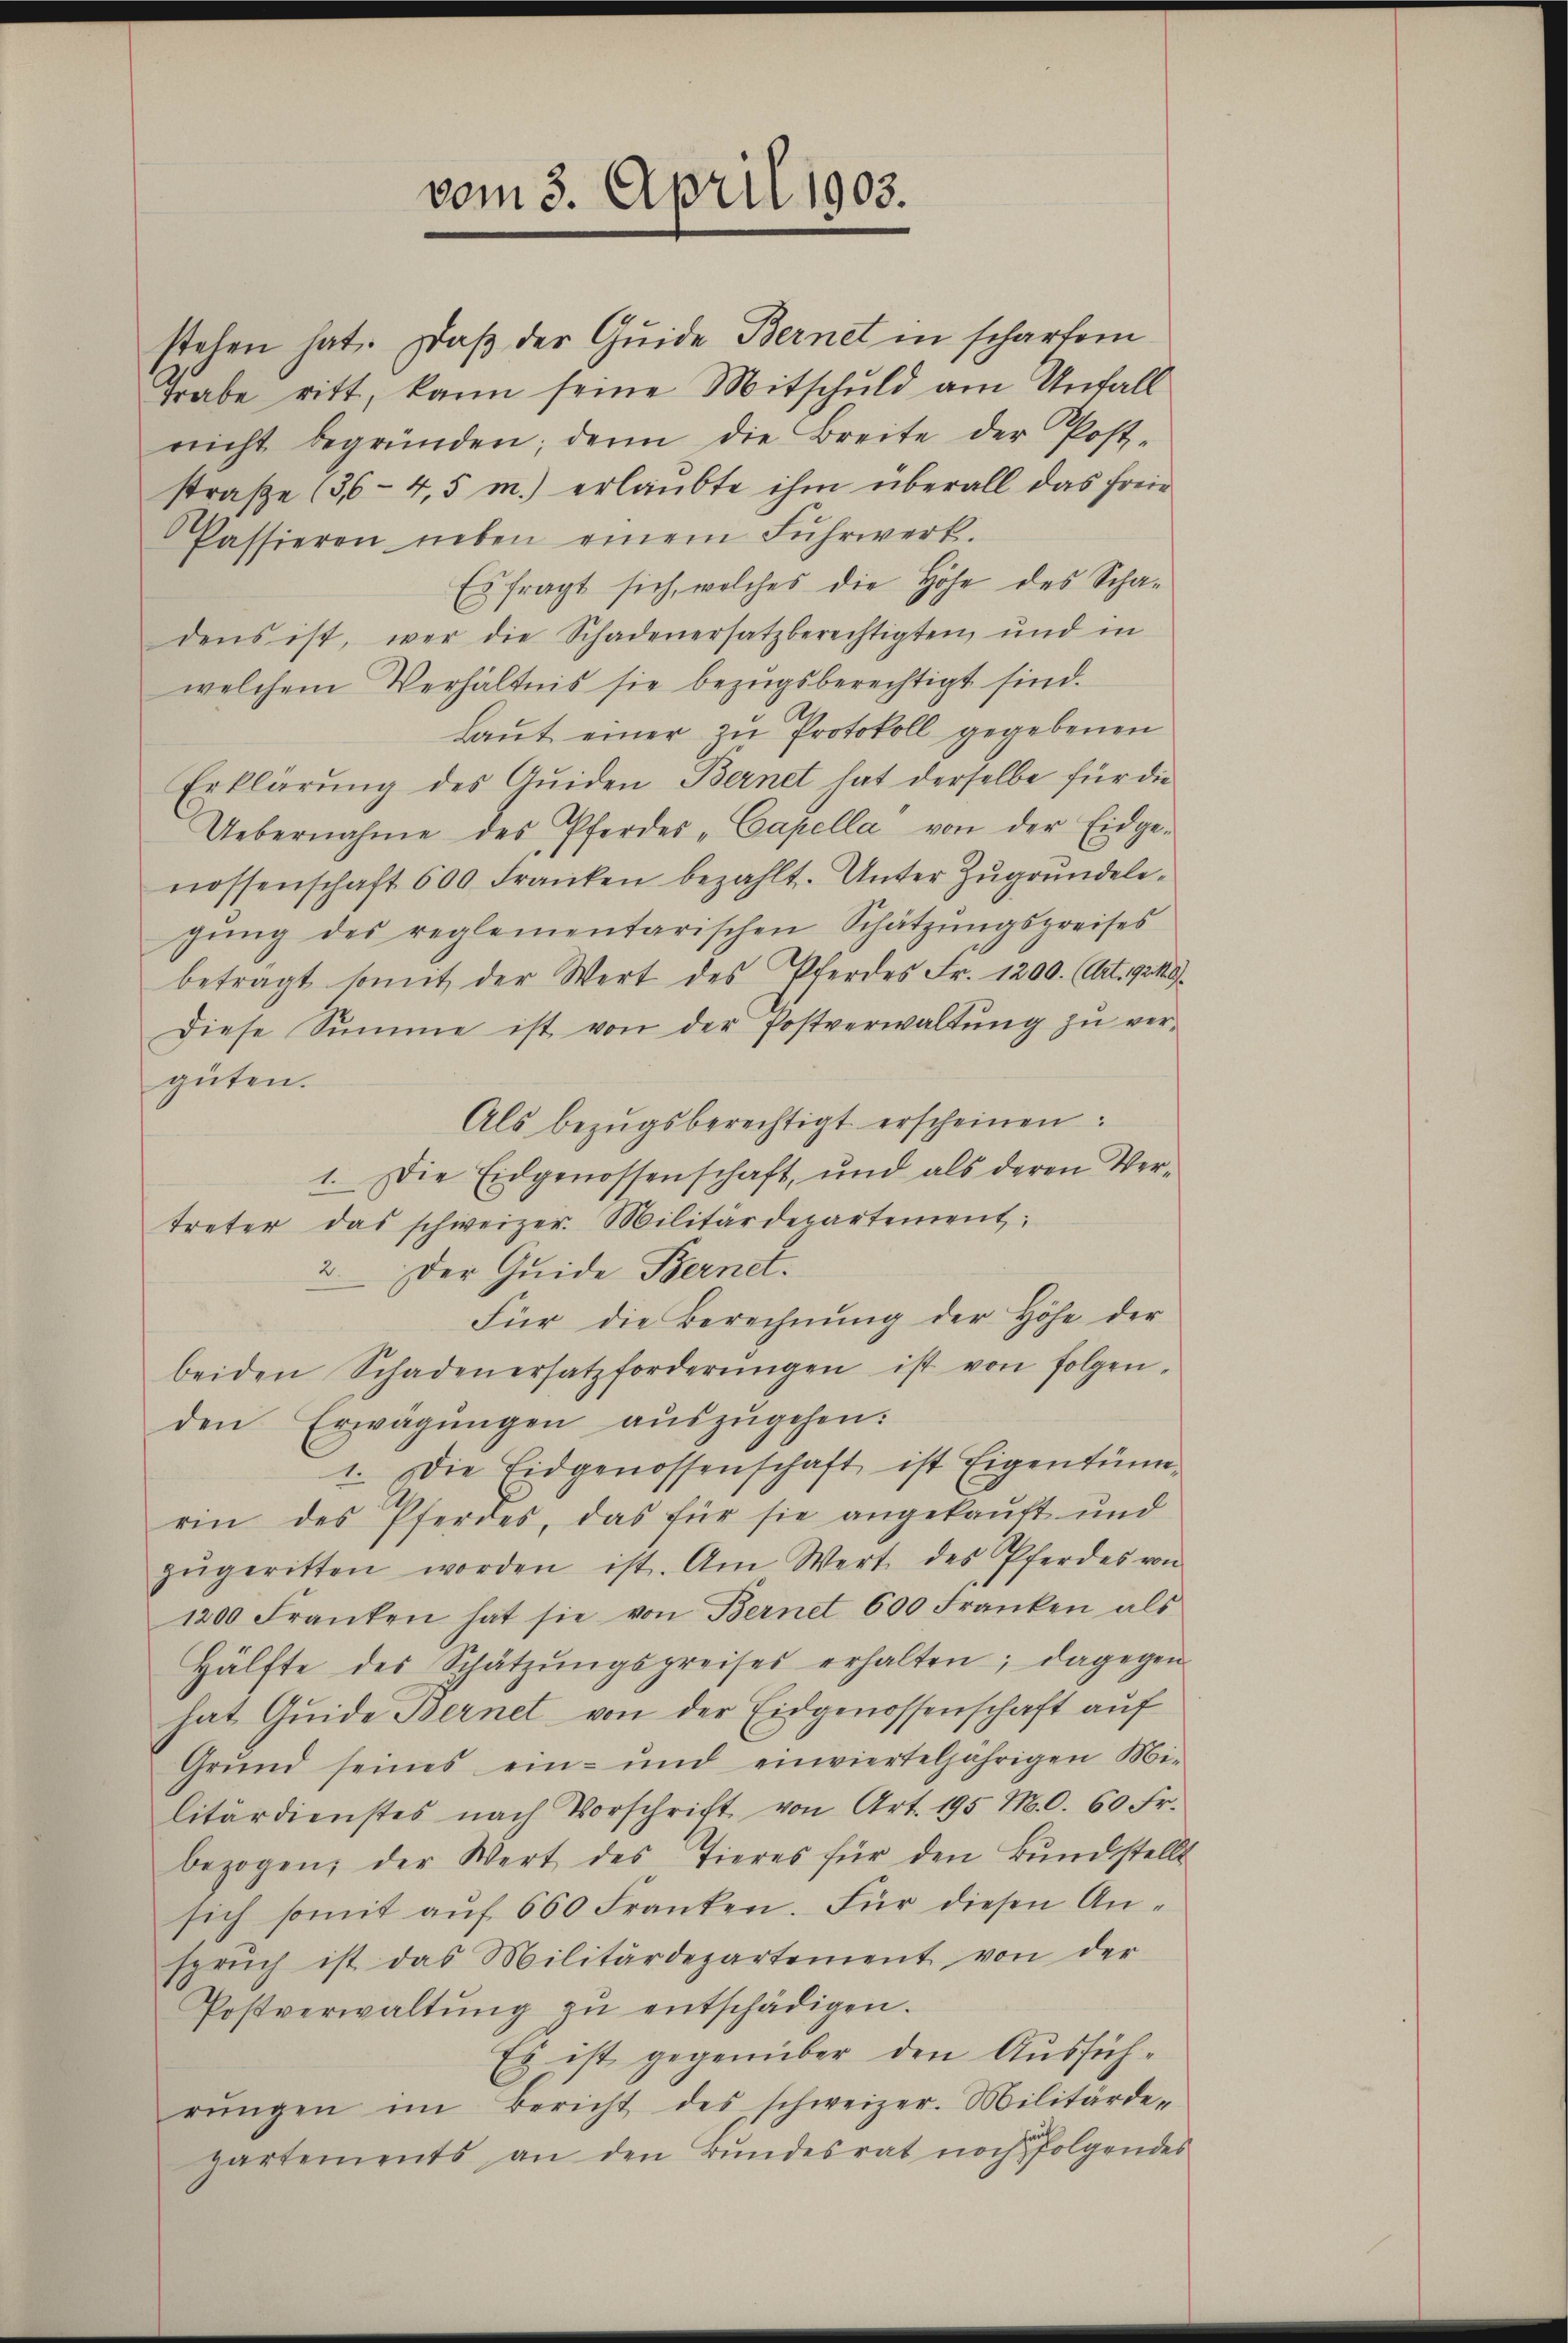
welchem Verhältnis sie bezugsberechtigt sind.
Laut einer zu Protokoll gegebenen
Erklärung des Quiden Bernet hat derselbe für die
Uebernahme des Pferdes Capella von der Eidge-
nossenschaft 600 Franken bezahlt. Unter Zugrundelegŭng des reglementarischen Schätzŭngspreises
betragt somit der Wert des Pferdes Fr. 1200. (Art. 92. 49.
diese Summe ist von der Postverwaltŭng zŭ ver-
güten.
Als bezŭgsberechtigt erscheinen:
1. Die Eidgenossenschaft, und als deren Ver-
treter das schweizer. Militärdepartement:
2. Der Guide Bernet.
Für die Berechnŭng der Höhe der
beiden Schadenersatzforderŭngen ist von folgen-
den Erwägŭngen aŭszŭgehen:
1. Die Eidgenossenschaft ist Eigentüm-
rin des Pferdes, das für sie angekauft und
zŭgeritten worden ist. Am Wert des Pferdes von
1200 Franken hat sie von Bernet 600 Franken als
Hälfte des Schätzŭngspreises erhalten; dagegen
hat Guide Bernet von der Eidgenossenschaft auf
Grund seines ein- und einvierteljährigen Mi-
litärdienstes nach Vorschrift von Art. 195 M. C. 60 Fr.
bezogen, der Wert des Tieres für den Bŭndstellt
sich somit aŭf 660 Franken. Für diesen An-
sprŭch ist das Militärdepartement von der
Postverwaltŭng zŭ entschädigen.
Es ist gegenüber den Ausführŭngen im Bericht des schweizer. Militärde-
partements an den Bundesrat noch folgendes

stehen hat. Daß der Guide Bernet in scharfem
Grabe ritt, kann seine Mitschuld am Unfall
nicht begründen; denn die Breite der Post-
straße (36 - 4,5 m.) erlaubte ihm überall das freie
Passieren neben einem Fuhrwerk.
dens ist, wer die Schadenersatz berechtigten und in

vom 3. April 1903.

Es fragt sich, welches die Höhe des Scha¬